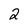
Character: 2